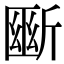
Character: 𣂱